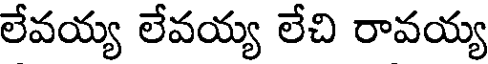
లేవయ్య లేవయ్య లేచి రావయ్య